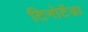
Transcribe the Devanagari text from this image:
टिनोटेंडा